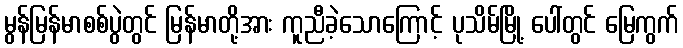
မွန်မြန်မာစစ်ပွဲတွင် မြန်မာတို့အား ကူညီခဲ့သောကြောင့် ပုသိမ်မြို့ ပေါ်တွင် မြေကွက်